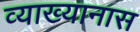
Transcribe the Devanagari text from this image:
व्याख्यानास